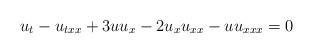
LaTeX: \begin{align*} u_t-u_{txx}+3uu_{x}-2u_xu_{xx}-uu_{xxx}=0\end{align*}